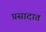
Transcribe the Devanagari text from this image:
प्रसादात